Vana-Kasaritsa_(Kasaritsa)_vallavalitsus, lk 29
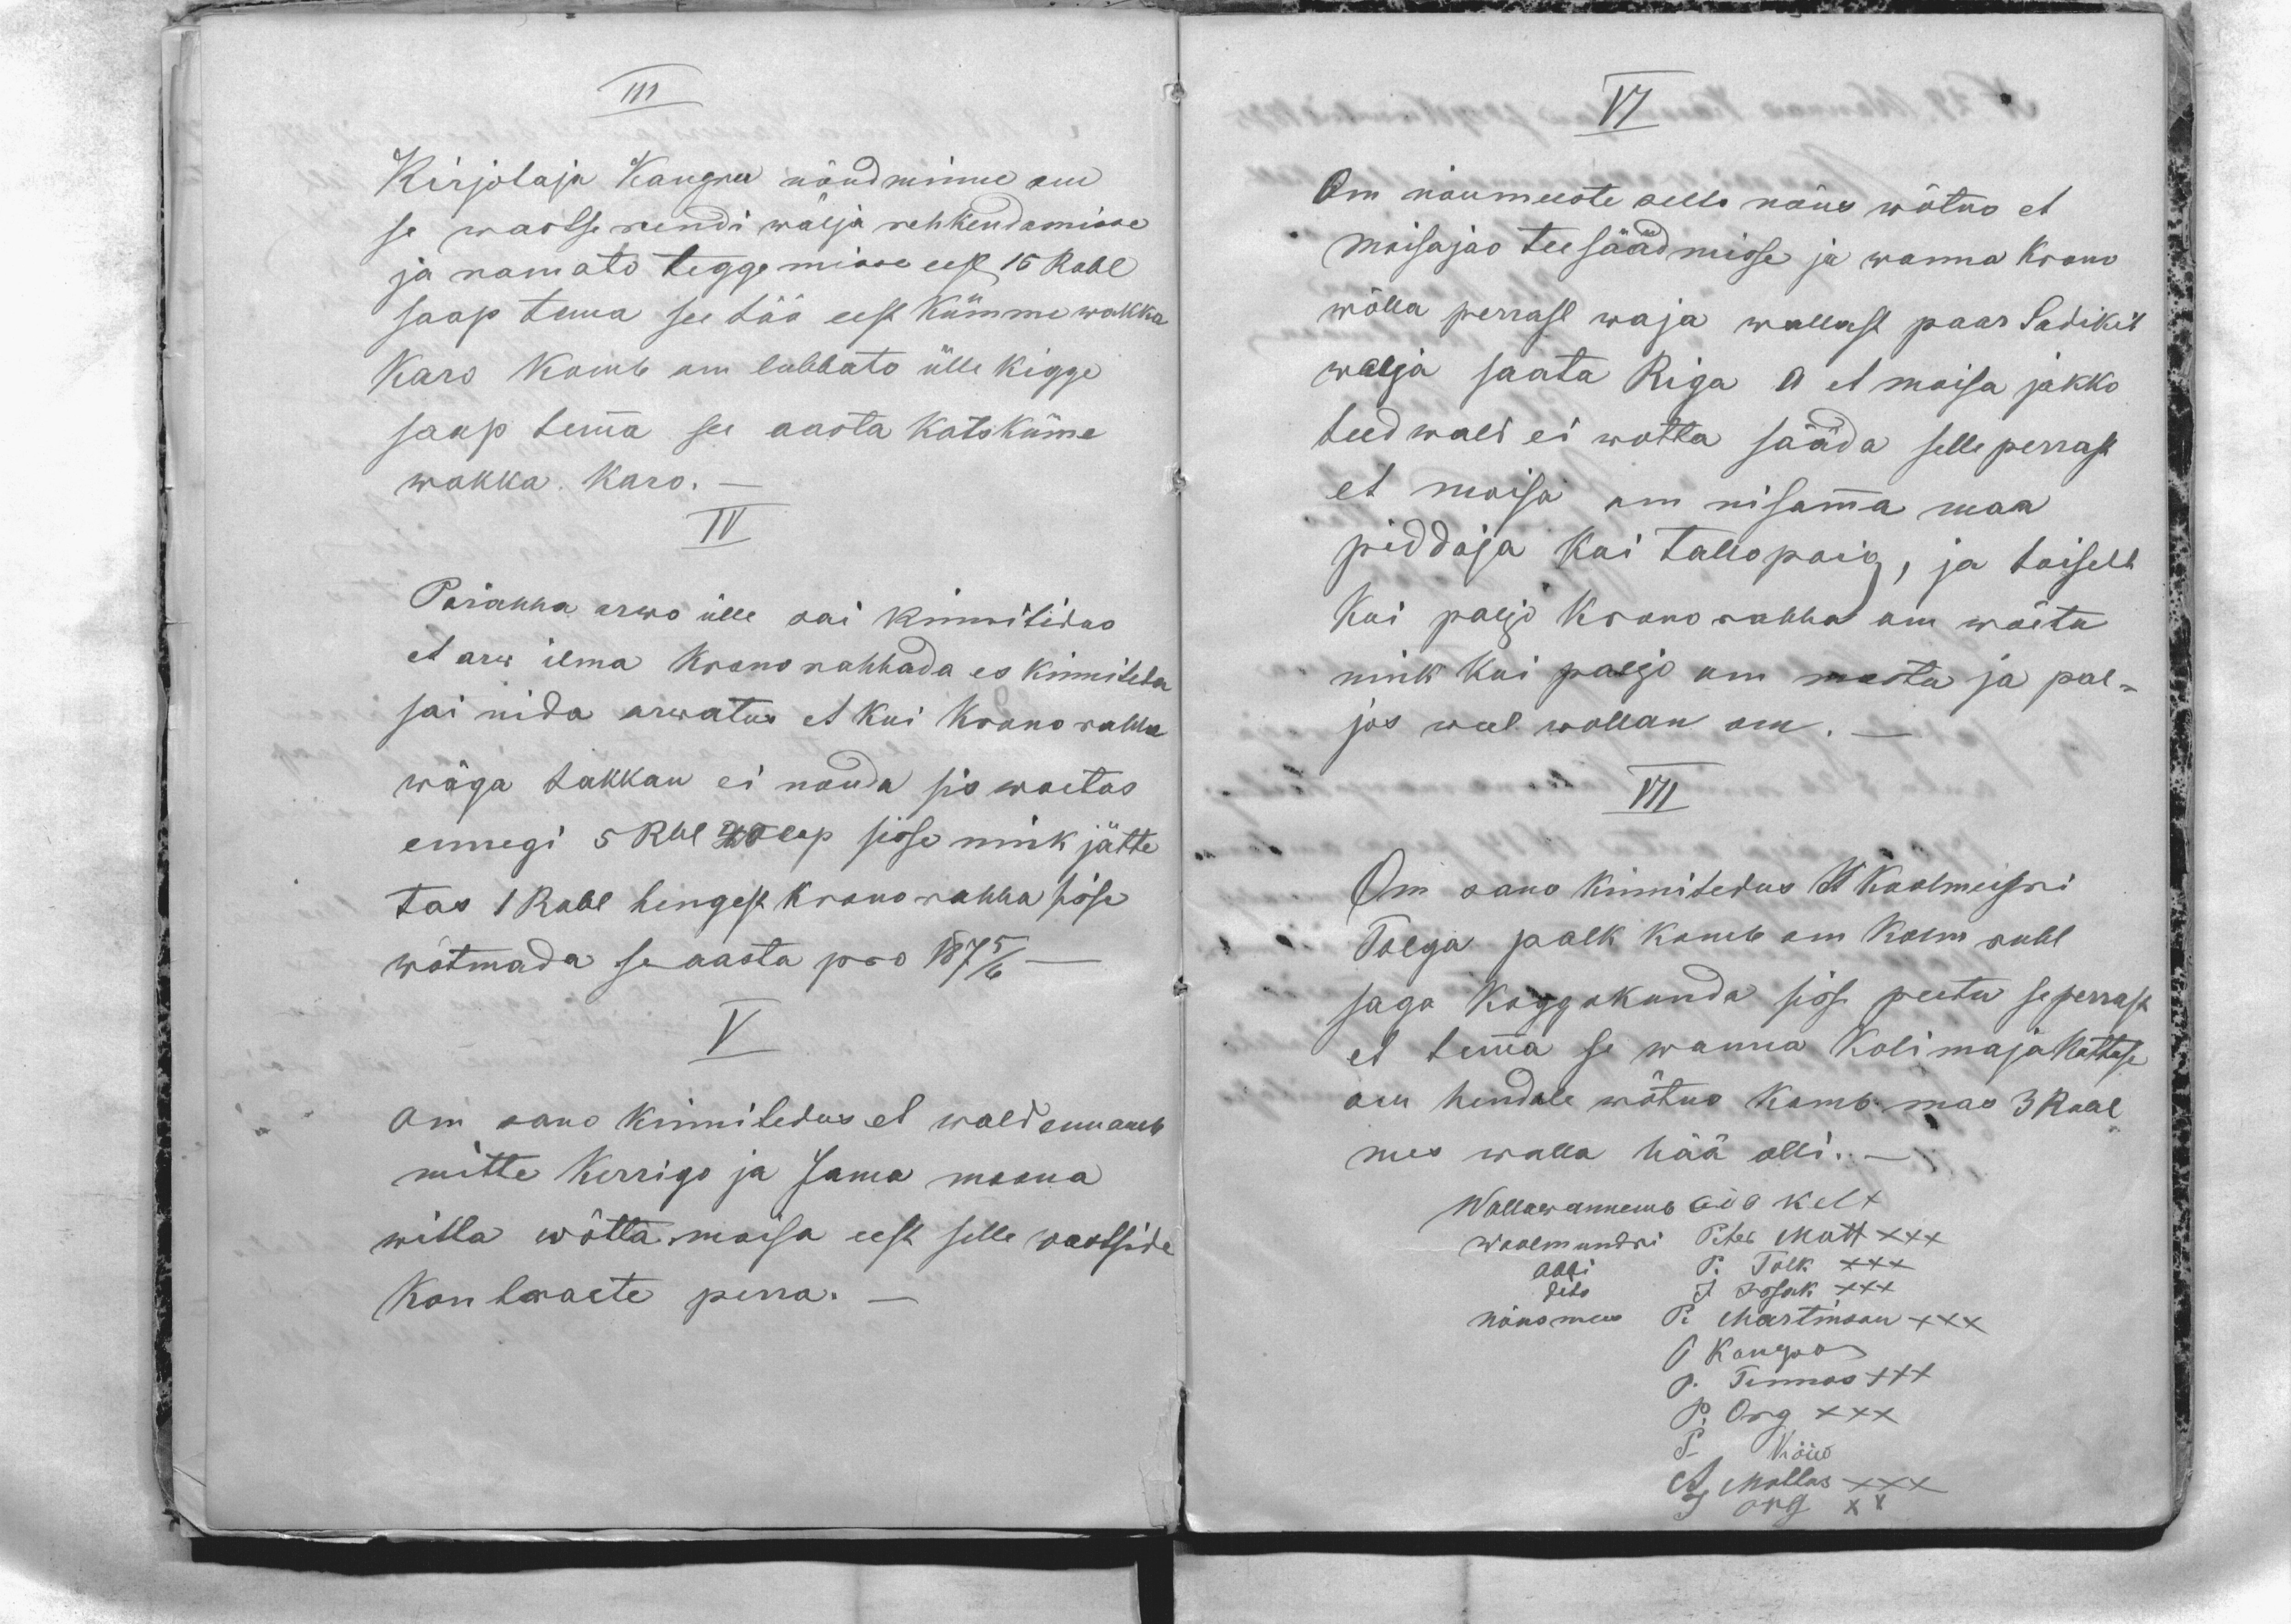
III
Kirjotaja Kangru nõudminne om
se wastse rendi wäljä rehkendamisse
ja ramato teggemisse eest 15 Rubl
saap tema see töö eest kümme wakka
karo komb om lubbato ülle kigge
saap temma see aasta katsküme
wakka. karo. -
IV
Pärahha arwo ülle sai kinnitidus
et arw ilma krono rahhada es kinniteta
sai nida arwatus et kui krono rahha
wäga takkan ei nouda sis woetas
ennegi 5 Rbl 40 Cop sisse nink jätte
tas 1 Rubl hengest krono rahha sisse
wõtmada se aasta pro 1875/6 -
V.
Om sano kinnitedus et wald ennamb
mitte Kerrigo ja Jama moona
willa wõtta moisa eest selle wastside
kontracte perra.

VI
Om nõumeeste selle nõus wõtno et
moisajao tee säädmisse ja wanna krono
wõlla perrast waja wallast paar Sadikit
walja saata Riga A et moisa jakko
teed wald ei wotta sääda selle perrast
et moisa om nisamma maa
piddaja kui tallopoig, ja toiselt
kui palju krono rahha om wõetu
nink kui paljo om masta ja pal-
jos weel wollan om.-
VII
Om sano kinnitedus H. Koolmeistri
Tolga palk komb om kolm rubl
sago koggokonda sisse peetu seperrast
et temma se wanna Kolimaja kattuse
om hendale wõtno komb mas 3 Rubl
mes walla hää olli. -
Wallawannemb Ado Kelt
Woolmundri Peter Mutt XXX
Abbi P. Tolk XXX
dito J. Issak XXX
Nõumees P. Martinson XXX
J. Kangro
P. Tinnos XXX
P. Org XXX
P. Kõiw
A. Mottus XXX
J Org XX